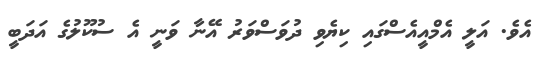
އެވެ. އަލީ އެމްއީއެސްގައި ކިޔެވި ދުވަސްވަރު އޭނާ ވަނީ އެ ސުކޫލުގެ އަދަބީ